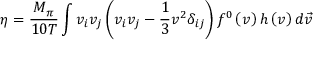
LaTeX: \eta = \frac { M _ { \pi } } { 1 0 T } \int v _ { i } v _ { j } \left( v _ { i } v _ { j } - \frac { 1 } { 3 } v ^ { 2 } \delta _ { i j } \right) f ^ { 0 } \left( v \right) h \left( v \right) d \vec { v }